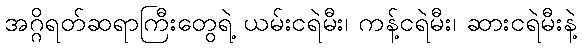
အဂ္ဂိရတ်ဆရာကြီးတွေရဲ့ ယမ်းငရဲမီး၊ ကန့်ငရဲမီး၊ ဆားငရဲမီးနဲ့